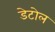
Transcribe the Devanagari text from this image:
डेटोल